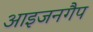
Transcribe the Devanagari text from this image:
आइजनगैप